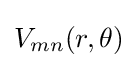
V_{mn}(r,\theta )